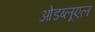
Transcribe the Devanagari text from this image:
ओडब्लूएल